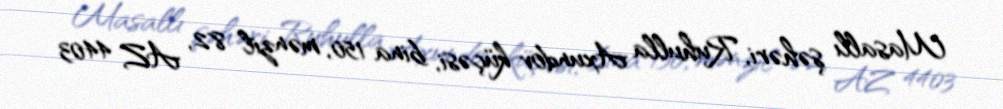
Masallı şəhəri, Ruhulla Axundov küçəsi, bina 150, mənzil 82, AZ 4403